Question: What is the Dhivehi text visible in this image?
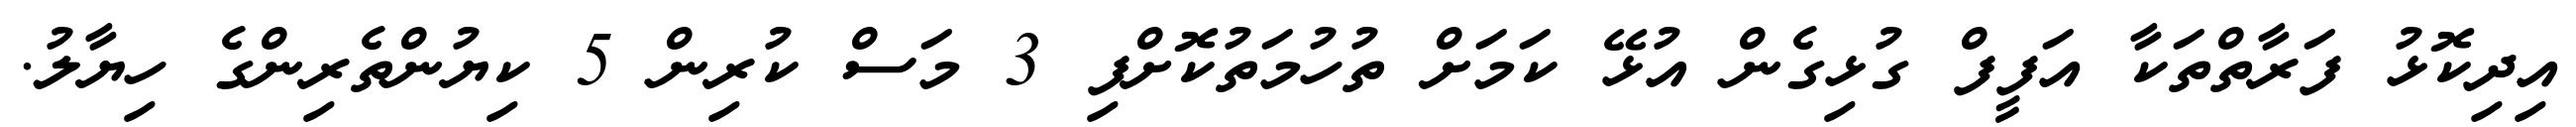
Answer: އިދިކޮޅު ފަރާތްތަކާ އަފީފް ގުޅިގެން އުޅޭ ކަމަށް ތުހުމަތުކޮށްފި 3 މަސް ކުރިން 5 ކިޔުންތެރިންގެ ހިޔާލު.